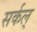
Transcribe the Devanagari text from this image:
सर्कल्